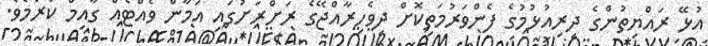
އުޅޭ ރައްޔިތުންގެ ދިރިއުޅުމުގެ ފެންވަރުމަތިކޮށް ދިވެހިރާއްޖޭގެ ރަށްރަށުގައި އަމާން ވެއްޓެއް ގާއިމް ކުރުމެވެ.